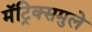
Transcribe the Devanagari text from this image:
मॅट्रिक्समुले